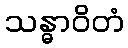
သန္ဓာဝိတံ